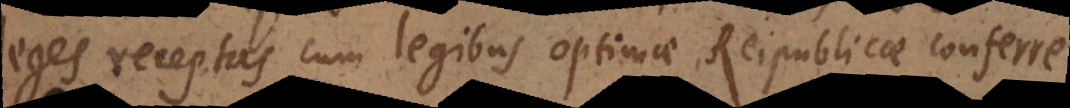
leges receptas cum legibus optimae Reipublicae conferre.